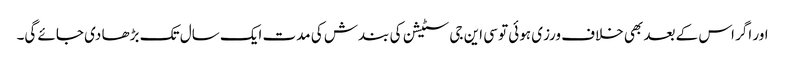
اور اگر اس کے بعد بھی خلاف ورزی ہوئی تو سی این جی سٹیشن کی بندش کی مدت ایک سال تک بڑھا دی جائے گی۔